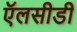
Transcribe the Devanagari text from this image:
ऍलसीडी